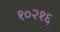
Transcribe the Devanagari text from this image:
१०२१६